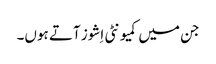
جن میں کمیونٹی اِشوز آتے ہوں۔